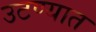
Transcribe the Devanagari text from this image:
उटण्यात